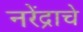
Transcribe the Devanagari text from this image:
नरेंद्राचे